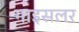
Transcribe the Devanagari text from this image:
गाइसलर